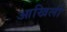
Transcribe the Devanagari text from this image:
आखिली